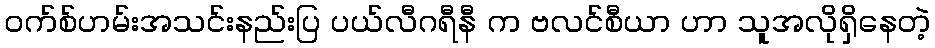
၀က်စ်ဟမ်းအသင်းနည်းပြ ပယ်လီဂရီနီ က ဗလင်စီယာ ဟာ သူအလိုရှိနေတဲ့